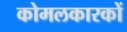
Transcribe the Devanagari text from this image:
कोमलकारकों